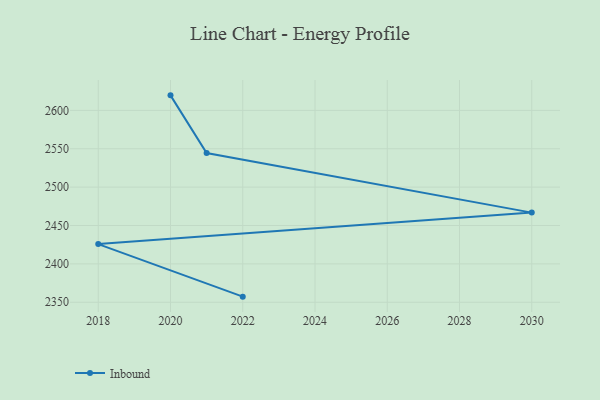
{"axis": {"x": "Year", "y": "Demand Index"}, "legend": ["Inbound"], "data": [{"x": "2022", "y": 2357.3, "type": "Inbound"}, {"x": "2018", "y": 2425.8, "type": "Inbound"}, {"x": "2030", "y": 2466.8, "type": "Inbound"}, {"x": "2021", "y": 2544.4, "type": "Inbound"}, {"x": "2020", "y": 2619.6, "type": "Inbound"}]}